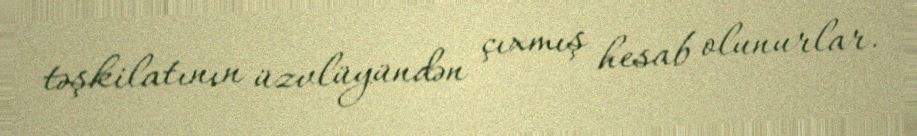
təşkilatının üzvlüyündən çıxmış hesab olunurlar.